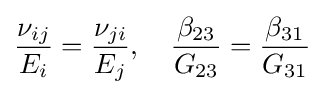
{\frac {\nu _{ij}}{E_{i}}}={\frac {\nu _{ji}}{E_{j}}},\quad {\frac {\beta _{23}}{G_{23}}}={\frac {\beta _{31}}{G_{31}}}